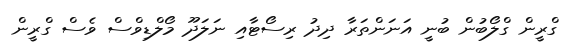
ގްރީން ގްލޯބުން ބުނީ އަނަންތަރާ ދިދު ރިސޯޓާއި ނަލަދޫ މޯލްޑިވްސް ވެސް ގްރީން